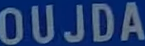
OUJDA